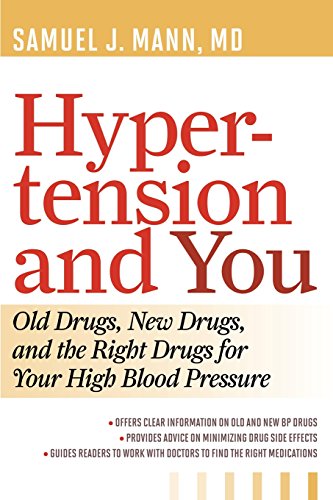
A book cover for Hypertension and You: Old Drugs, New Drugs, and the Right Drugs for Your High Blood Pressure; Samuel J., Mann; Health, Fitness & Dieting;